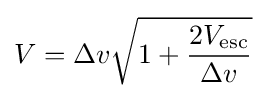
V=\Delta v{\sqrt {1+{\frac {2V_{\text{esc}}}{\Delta v}}}}